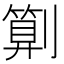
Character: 㔍